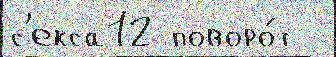
с'екса12 поворо́т